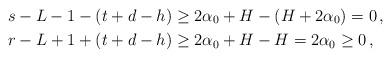
LaTeX: \begin{align*}s-L-1-(t+d-h)&\geq 2\alpha_0+H-(H+2\alpha_0)=0\,, \\r-L+1+(t+d-h)&\geq 2\alpha_0+H-H=2\alpha_0\geq0\,,\end{align*}